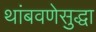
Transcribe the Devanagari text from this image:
थांबवणेसुद्धा